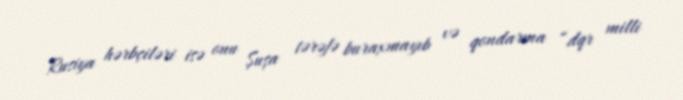
Rusiya hərbçiləri isə onu Şuşa tərəfə buraxmayıb və qondarma “dqr milli